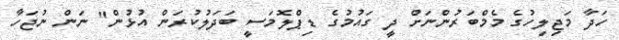
ހަދާ މަޖިލިހުގެ މެމްބަރުންނަށް ދީ ގައުމުގެ ޑިޕްލޮމަސީ ބަދަލުކުރަން އުޅުން" ނަން ނުޖަހާ